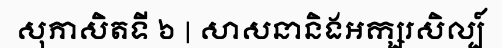
សុភាសិតទី ៦ | សាសនានិងអក្សរសិល្ប៍